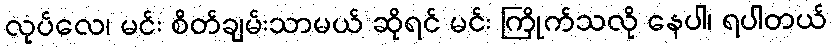
လုပ်လေ၊ မင်း စိတ်ချမ်းသာမယ် ဆိုရင် မင်း ကြိုက်သလို နေပါ၊ ရပါတယ်